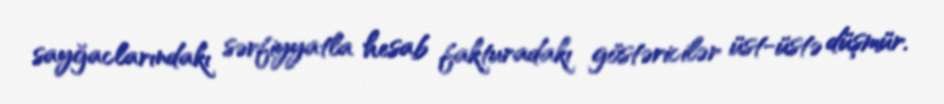
sayğaclarındakı sərfiyyatla hesab fakturadakı göstəricilər üst-üstə düşmür.